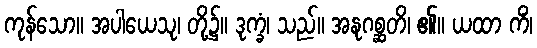
ကုန်သော။ အပါယေသု၊ တို့၌။ ဒုက္ခံ၊ သည်။ အနုဂစ္ဆတိ၊ ၏။ ယထာ ကိံ၊